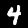
Label: 4